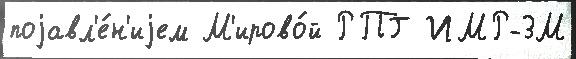
поjавл'е́н'иjем М'ирово́й РПГ ИМР-3М